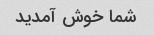
شما خوش آمدید